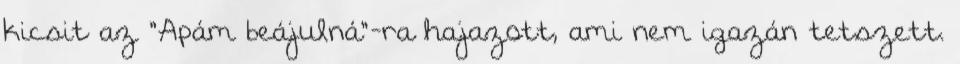
kicsit az "Apám beájulná"-ra hajazott, ami nem igazán tetszett.